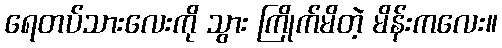
ရေတပ်သားလေးကို သွား ကြိုက်မိတဲ့ မိန်းကလေး။